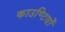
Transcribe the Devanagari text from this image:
काउण्टियों